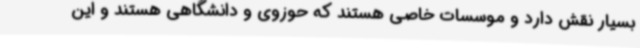
بسیار نقش دارد و موسسات خاصی هستند که حوزوی و دانشگاهی هستند و این